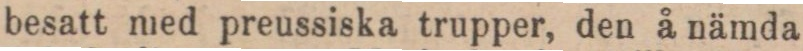
besatt med preussiska trupper, den å nämda